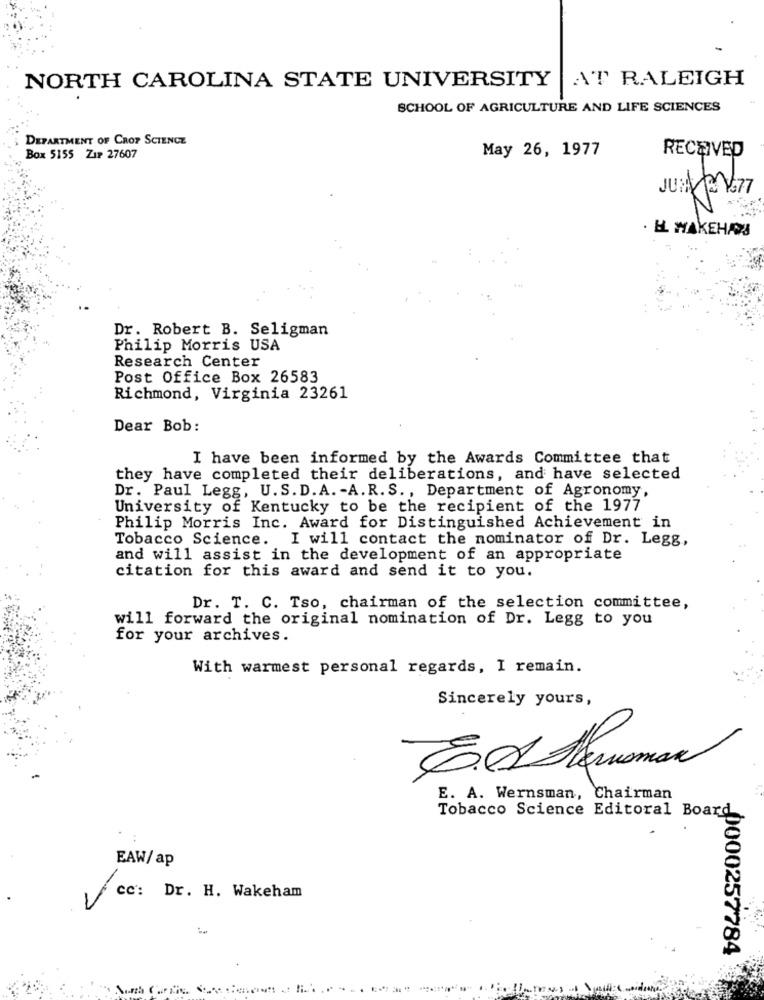
NORTH CAROLINA STATE UNIVERSITY
AT RALEIGH
SCHOOL OF AGRICULTURE AND LIFE SCIENCES
DEPARTMENT OF CROP SCIENCE
May 26, 1977
RECEIVED
Box 5155 ZIP 27607
JUM 0767
. H. MAKEHAN
Dr. Robert B. Seligman
Philip Morris USA
Research Center
Post Office Box 26583
Richmond, Virginia 23261
Dear Bob:
I have been informed by the Awards Committee that
they have completed their deliberations, and have selected
Dr. Paul Legg, U. S.D.A. - A. R. S ., Department of Agronomy,
University of Kentucky to be the recipient of the 1977
Philip Morris Inc. Award for Distinguished Achievement in
Tobacco Science. I will contact the nominator of Dr. Legg,
and will assist in the development of an appropriate
citation for this award and send it to you.
Dr. T. C. Tso, chairman of the selection committee,
will forward the original nomination of Dr. Legg to you
for your archives.
With warmest personal regards, I remain.
Sincerely yours,
E. A. Wernsman, Chairman
Tobacco Science Editoral Board
EAW/ ap
cc: Dr. H. Wakeham
-0000257784